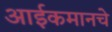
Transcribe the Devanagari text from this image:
आईकमानचे